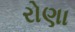
રોણા